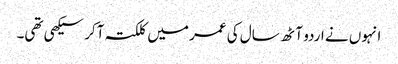
انہوں نے اردو آٹھ سال کی عمر میں کلکتہ آکر سیکھی تھی۔